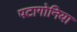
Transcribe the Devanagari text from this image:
पटागोनिया